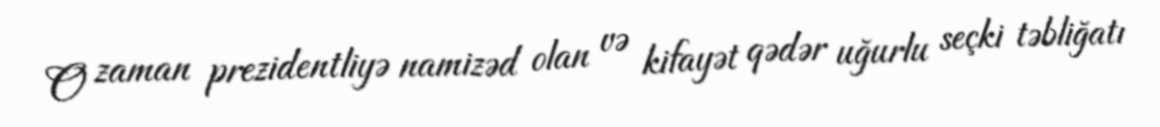
O zaman prezidentliyə namizəd olan və kifayət qədər uğurlu seçki təbliğatı